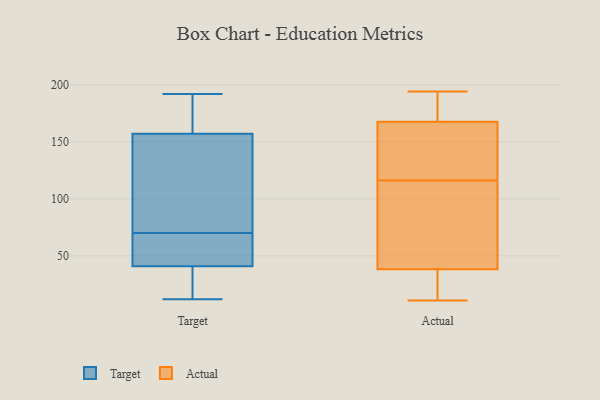
{"axis": {"x": "Backlog", "y": "Value"}, "legend": ["Actual", "Target"], "data": [{"x": "", "y": 145, "type": "Target"}, {"x": "", "y": 82, "type": "Target"}, {"x": "", "y": 12, "type": "Target"}, {"x": "", "y": 156, "type": "Target"}, {"x": "", "y": 168, "type": "Target"}, {"x": "", "y": 51, "type": "Target"}, {"x": "", "y": 49, "type": "Target"}, {"x": "", "y": 192, "type": "Target"}, {"x": "", "y": 41, "type": "Target"}, {"x": "", "y": 158, "type": "Target"}, {"x": "", "y": 190, "type": "Target"}, {"x": "", "y": 30, "type": "Target"}, {"x": "", "y": 55, "type": "Target"}, {"x": "", "y": 190, "type": "Target"}, {"x": "", "y": 58, "type": "Target"}, {"x": "", "y": 41, "type": "Target"}, {"x": "", "y": 117, "type": "Target"}, {"x": "", "y": 27, "type": "Target"}, {"x": "", "y": 156, "type": "Target"}, {"x": "", "y": 27, "type": "Target"}, {"x": "", "y": 134, "type": "Actual"}, {"x": "", "y": 194, "type": "Actual"}, {"x": "", "y": 41, "type": "Actual"}, {"x": "", "y": 192, "type": "Actual"}, {"x": "", "y": 110, "type": "Actual"}, {"x": "", "y": 30, "type": "Actual"}, {"x": "", "y": 167, "type": "Actual"}, {"x": "", "y": 13, "type": "Actual"}, {"x": "", "y": 91, "type": "Actual"}, {"x": "", "y": 11, "type": "Actual"}, {"x": "", "y": 116, "type": "Actual"}, {"x": "", "y": 169, "type": "Actual"}, {"x": "", "y": 131, "type": "Actual"}]}